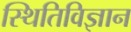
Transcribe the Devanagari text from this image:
स्थितिविज्ञान